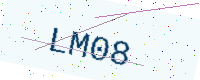
Text: LM08